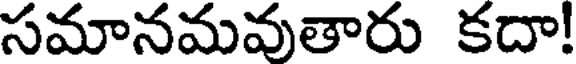
సమానమవుతారు కదా!